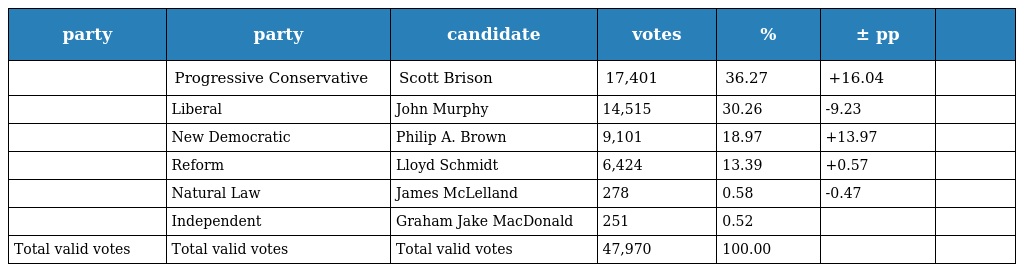
| party | party | candidate | votes | % | ± pp |  |
 | --- | --- | --- | --- | --- | --- | --- |
 |  | Progressive Conservative | Scott Brison | 17,401 | 36.27 | +16.04 |  |
 |  | Liberal | John Murphy | 14,515 | 30.26 | -9.23 |  |
 |  | New Democratic | Philip A. Brown | 9,101 | 18.97 | +13.97 |  |
 |  | Reform | Lloyd Schmidt | 6,424 | 13.39 | +0.57 |  |
 |  | Natural Law | James McLelland | 278 | 0.58 | -0.47 |  |
 |  | Independent | Graham Jake MacDonald | 251 | 0.52 |  |  |
 | Total valid votes | Total valid votes | Total valid votes | 47,970 | 100.00 |  |  |